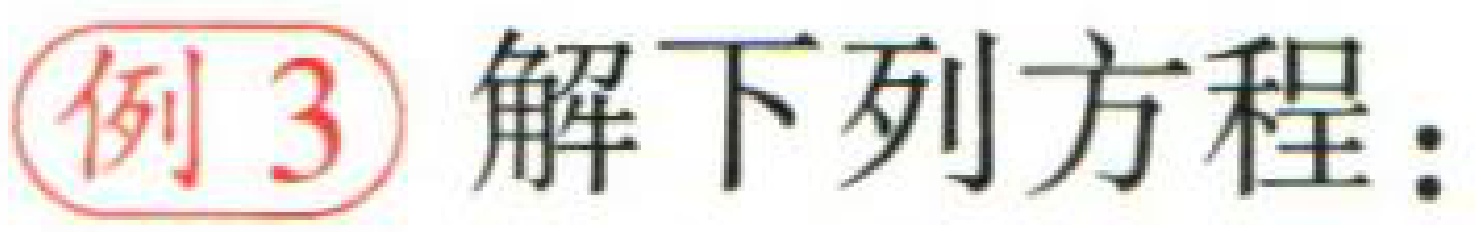
例3 解下列方程：